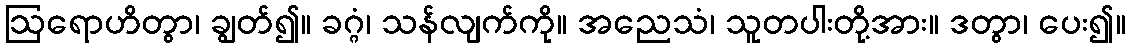
ဩရောဟိတွာ၊ ချွတ်၍။ ခဂ္ဂံ၊ သန်လျက်ကို။ အညေသံ၊ သူတပါးတို့အား။ ဒတွာ၊ ပေး၍။